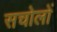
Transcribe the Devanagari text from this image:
सचोलों